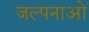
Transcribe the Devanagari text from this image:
जल्पनाओं